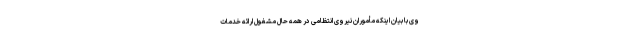
وی با بیان اینکه مأموران نیروی انتظامی در همه حال مشغول ارائه خدمات